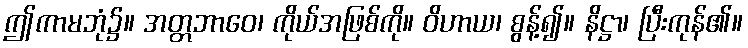
ဤကာမဘုံ၌။ အတ္တဘာဝေ၊ ကိုယ်အဖြစ်ကို။ ဝိဟာယ၊ စွန့်၍။ နိဋ္ဌာ၊ ပြီးကုန်၏။